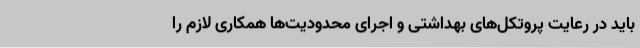
باید در رعایت پروتکل‌های بهداشتی و اجرای محدودیت‌ها همکاری لازم را